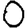
Digit: 0